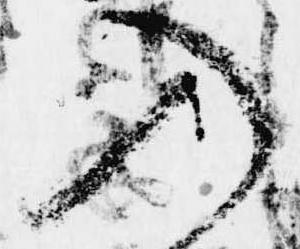
入